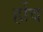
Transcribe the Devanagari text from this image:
र्होव